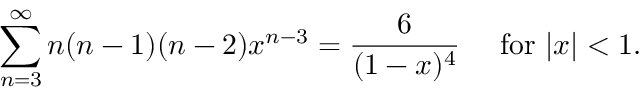
\sum _ { n = 3 } ^ { \infty } n ( n - 1 ) ( n - 2 ) x ^ { n - 3 } = { \frac { 6 } { ( 1 - x ) ^ { 4 } } } \quad { \mathrm { ~ f o r ~ } } | x | < 1 .